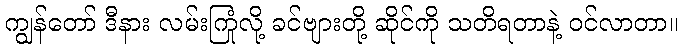
ကျွန်တော် ဒီနား လမ်းကြုံလို့ ခင်ဗျားတို့ ဆိုင်ကို သတိရတာနဲ့ ဝင်လာတာ။